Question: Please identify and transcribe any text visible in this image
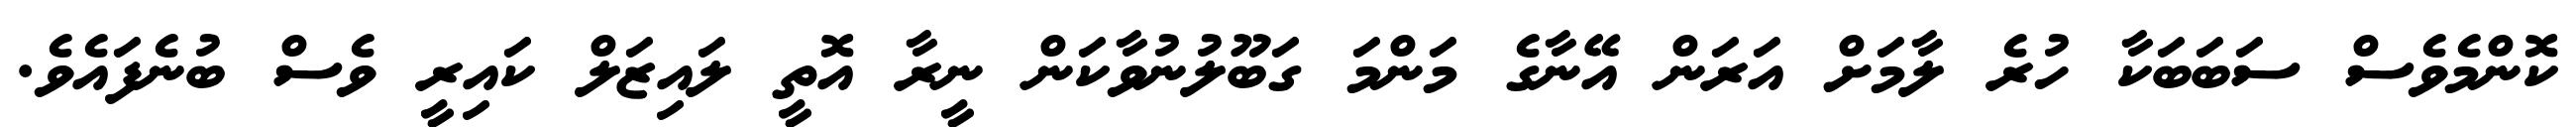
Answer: ކޮންމެވެސް ސަބަބަކާ ހުރެ ލާމަށް އަރަން އޭނާގެ މަންމަ ގަބޫލުނުވާކަން ނީރާ އޮތީ ލައިޒަލް ކައިރީ ވެސް ބުނެފައެވެ.